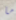
ما